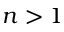
n > 1